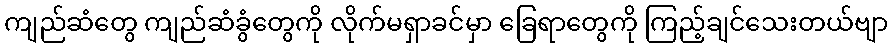
ကျည်ဆံတွေ ကျည်ဆံခွံတွေကို လိုက်မရှာခင်မှာ ခြေရာတွေကို ကြည့်ချင်သေးတယ်ဗျာ